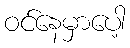
ဝင်နေမှာပေါ့